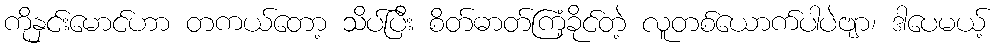
ကိုနှင်းမောင်ဟာ တကယ်တော့ သိပ်ပြီး စိတ်ဓာတ်ကြံ့ခိုင်တဲ့ လူတစ်ယောက်ပါပဲဗျာ၊ ဒါပေမယ့်